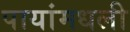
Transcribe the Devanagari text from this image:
पायांमधली